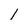
Character: 1